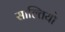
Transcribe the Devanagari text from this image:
साल्तियो